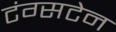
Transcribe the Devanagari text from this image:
टंग्सटेन